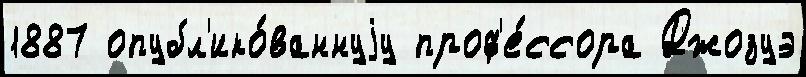
1887 опубл'ико́ваннуjу проф'е́ссора Джозуэ